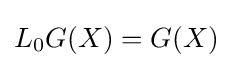
L_{0}G(X)=G(X)